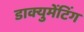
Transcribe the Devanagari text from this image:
डाक्युमेंटिंग